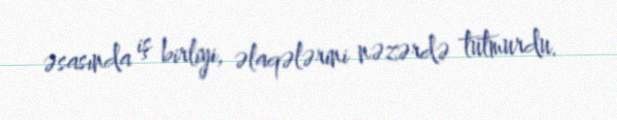
əsasında iş birliyi, əlaqələrini nəzərdə tutmurdu.